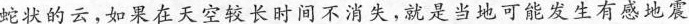
蛇状的云，如果在天空较长时间不消失，就是当地可能发生有感地震